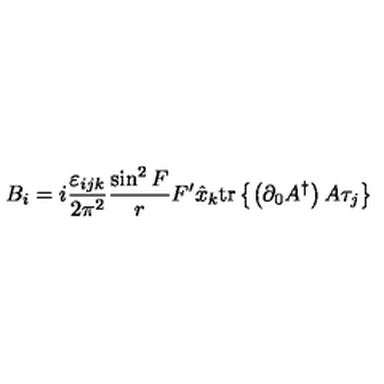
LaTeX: B _ { i } = i \frac { \varepsilon _ { i j k } } { 2 \pi ^ { 2 } } \frac { \sin ^ { 2 } F } { r } F ^ { \prime } \hat { x } _ { k } \mathrm { t r } \left\{ \left( \partial _ { 0 } A ^ { \dag } \right) A \tau _ { j } \right\}